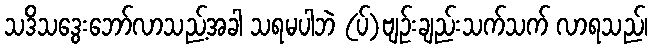
သဒိသဒွေးဘော်လာသည့်အခါ သရမပါဘဲ (ပ်)ဗျဉ်းချည်းသက်သက် လာရသည်၊